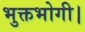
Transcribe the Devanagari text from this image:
भुक्तभोगी।